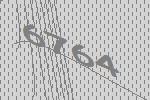
6764